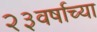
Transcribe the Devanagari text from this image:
२३वर्षाच्या